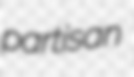
partisan